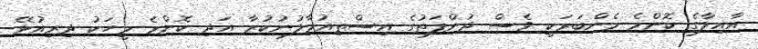
އާއިލާގެ ކޮންމެ މެންބަރަކީ ވެސް ދުންފަތުގެ އިސްތިއުމާލުނުކުރާ އަދި ކޮންމެ މީހަކު ދިރިއުޅޭ